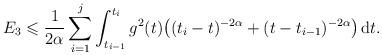
LaTeX: \begin{align*} E_3 \leqslant \frac1{2\alpha} \sum_{i=1}^j \int_{t_{i-1}}^{t_i} g^2(t) \big((t_i-t)^{-2\alpha} + (t-t_{i-1})^{-2\alpha}\big) \, \mathrm{d}t. \end{align*}